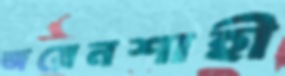
জয়েনশাহী